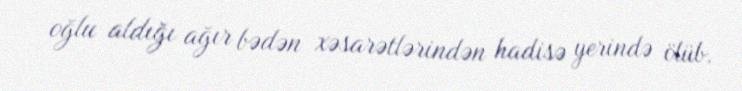
oğlu aldığı ağır bədən xəsarətlərindən hadisə yerində ölüb.